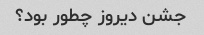
جشن دیروز چطور بود؟